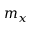
m _ { x }